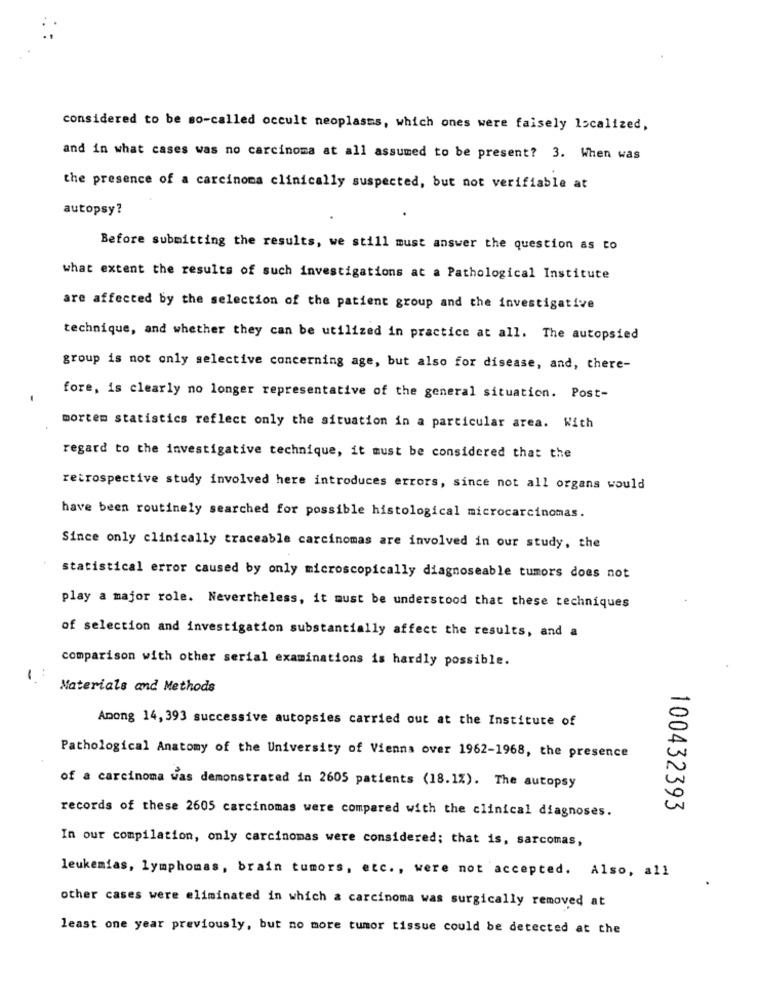
considered to be so-called occult neoplasms, which ones were faisely localized,
and in what cases was no carcinoma at all assumed to be present? 3. When was
the presence of a carcinoma clinically suspected, but not verifiable at
autopsy?
Before submitting the results, we still must answer the question as to
what extent the results of such investigations at a Pathological Institute
are affected by the selection of the patient group and the investigative
technique, and whether they can be utilized in practice at all. The autopsied
group is not only selective concerning age, but also for disease, and, there-
fore, is clearly no longer representative of the general situation. Post-
mortem statistics reflect only the situation in a particular area. With
regard to the investigative technique, it must be considered that the
retrospective study involved here introduces errors, since not all organs would
have been routinely searched for possible histological microcarcinomas.
Since only clinically traceable carcinomas are involved in our study, the
statistical error caused by only microscopically diagnoseable tumors does not
play a major role. Nevertheless, it must be understood that these techniques
of selection and investigation substantially affect the results, and a
comparison with other serial examinations is hardly possible.
1
Materials and Methods
Among 14, 393 successive autopsies carried out at the Institute of
Pathological Anatomy of the University of Vienna over 1962-1968, the presence
of a carcinoma was demonstrated in 2605 patients (18.1%). The autopsy
100432393
records of these 2605 carcinomas were compared with the clinical diagnoses.
In our compilation, only carcinomas were considered; that is, sarcomas,
leukemias, lymphomas, brain tumors, etc ., were not accepted. Also, all
other cases were eliminated in which a carcinoma was surgically removed at
least one year previously, but no more tumor tissue could be detected at the